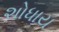
શોધાય